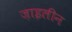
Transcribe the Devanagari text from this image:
ज़ाइलीन